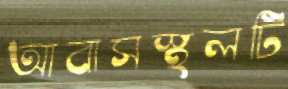
আবাসস্থলটি